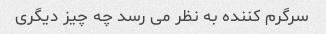
سرگرم کننده به نظر می رسد چه چیز دیگری